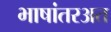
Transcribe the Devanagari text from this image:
भाषांतरअत